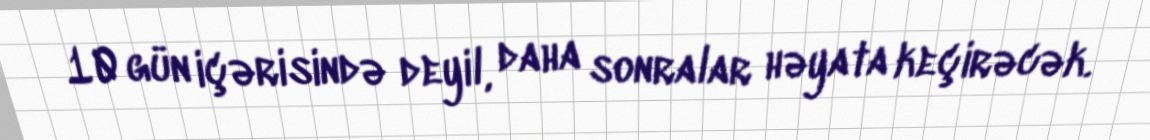
10 gün içərisində deyil, daha sonralar həyata keçirəcək.